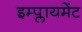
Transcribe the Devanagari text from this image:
इम्प्लायमेंट